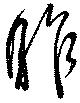
昨